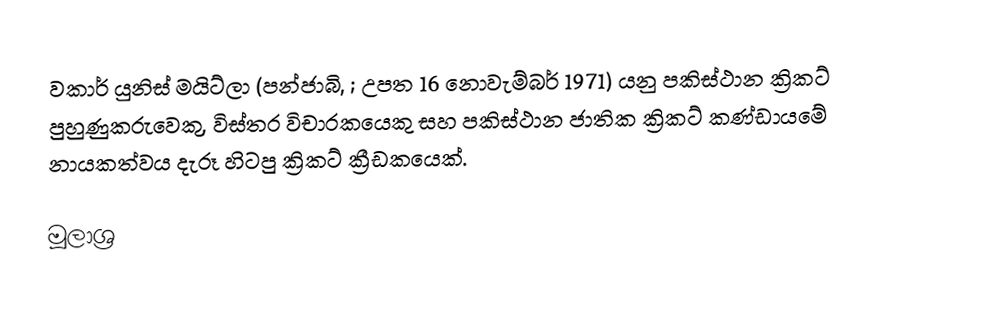
වකාර් යුනිස් මයිට්ලා (පන්ජාබි, ; උපත 16 නොවැම්බර් 1971) යනු පකිස්ථාන ක්‍රිකට් පුහුණුකරුවෙකු, විස්තර විචාරකයෙකු සහ පකිස්ථාන ජාතික ක්‍රිකට් කණ්ඩායමේ නායකත්වය දැරූ හිටපු ක්‍රිකට් ක්‍රීඩකයෙක්.

මූලාශ්‍ර